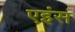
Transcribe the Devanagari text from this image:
एइंस